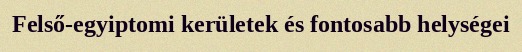
Felső-egyiptomi kerületek és fontosabb helységei